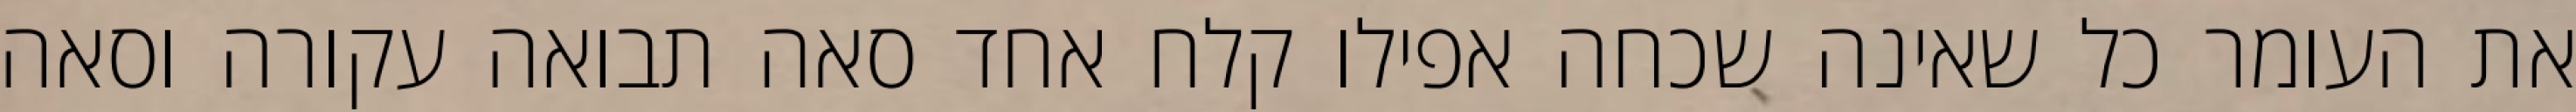
את העומר כל שאינה שכחה אפילו קלח אחד סאה תבואה עקורה וסאה